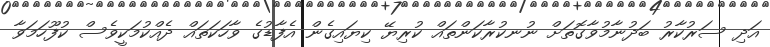
އަދި ސަރުކާރު ބަދުނާމުވާގޮތަށް ނުނކުރާކަންތައް ކުރިޔޭ ކިޔައިގެން އެފާޑުގެ ވާހަކަތައް ދެއްކުމަކީވެސް ކުފޫހަމަވާ